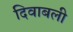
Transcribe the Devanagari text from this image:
दिवाबली